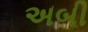
અબી